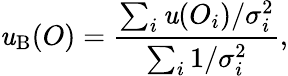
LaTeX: \mathit{u}_{\mathrm{{B}}}(O)=\frac{{\sum_{i}\mathit{u}(O_{i})/\sigma_{i}^{2}}}{{\sum_{i}1/\sigma_{i}^{2}}},